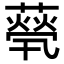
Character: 𦽓